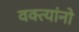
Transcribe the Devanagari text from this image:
वक्त्यांनो